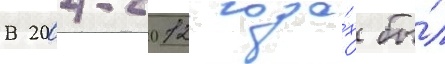
В 2004-2012 года́х бы́л